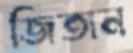
জিতান